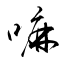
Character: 嘛